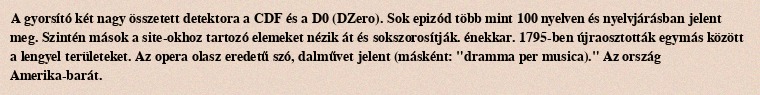
A gyorsító két nagy összetett detektora a CDF és a D0 (DZero). Sok epizód több mint 100 nyelven és nyelvjárásban jelent meg. Szintén mások a site-okhoz tartozó elemeket nézik át és sokszorosítják. énekkar. 1795-ben újraosztották egymás között a lengyel területeket. Az opera olasz eredetű szó, dalművet jelent (másként: "dramma per musica)." Az ország Amerika-barát.